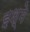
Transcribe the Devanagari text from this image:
इश्मे